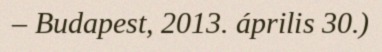
– Budapest, 2013. április 30.)